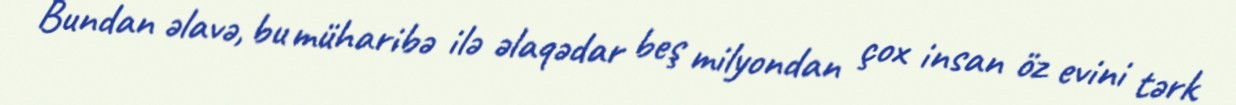
Bundan əlavə, bu müharibə ilə əlaqədar beş milyondan çox insan öz evini tərk